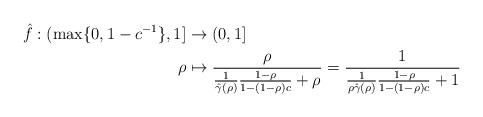
LaTeX: \begin{align*}\hat f:(\max\{0,1-c^{-1}\},1] &\to (0,1] \\\rho&\mapsto \frac{\rho}{\frac1{\hat\gamma(\rho)} \frac{1-\rho}{1-(1-\rho)c} + \rho} = \frac1{\frac1{\rho\hat\gamma(\rho)} \frac{1-\rho}{1-(1-\rho)c} + 1}\end{align*}